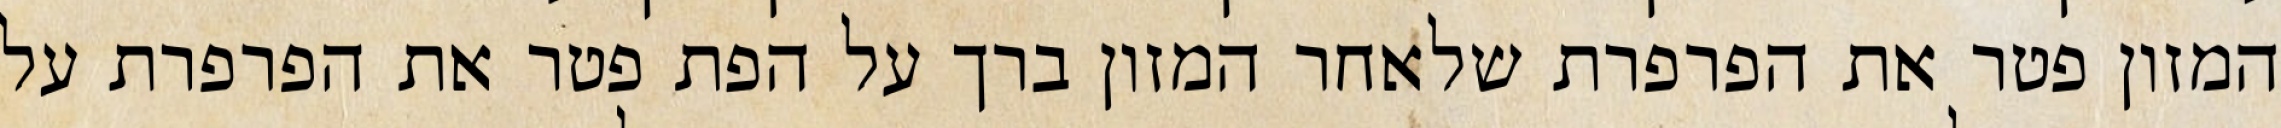
המזון פטר את הפרפרת שלאחר המזון ברך על הפת פטר את הפרפרת על